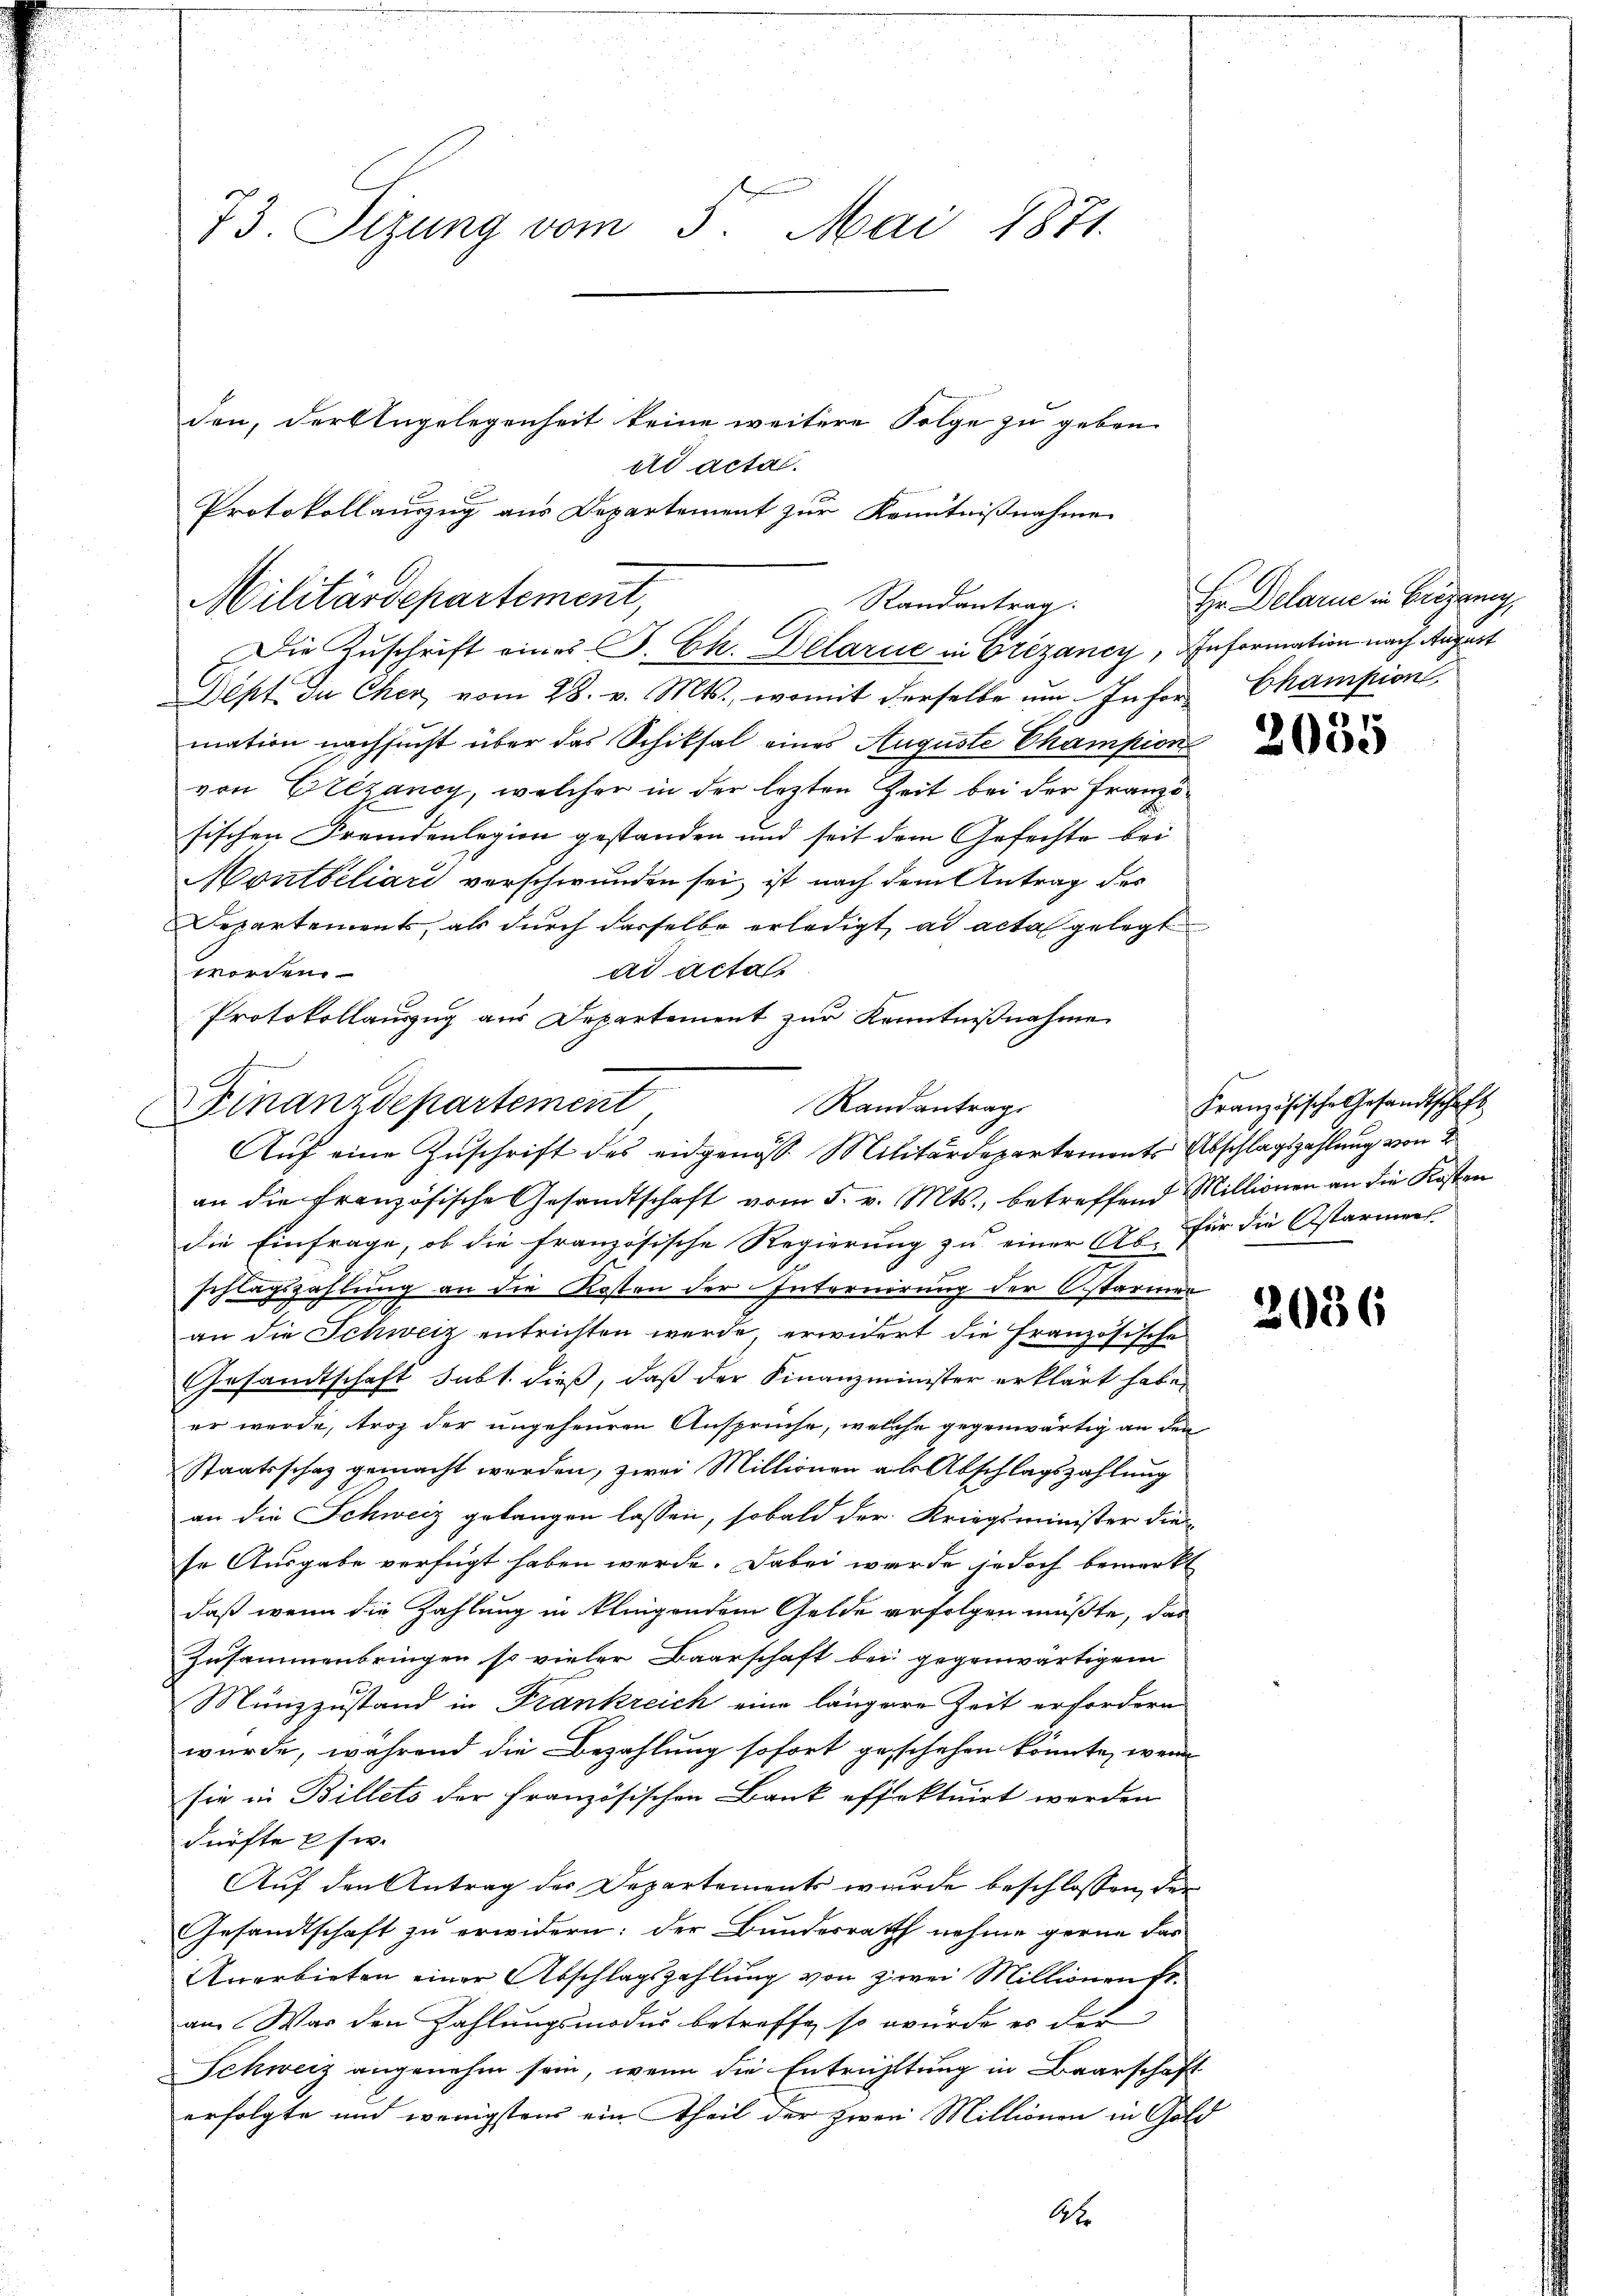
73. Sizung vom 5. Mai 1871.
den, der Angelegenheit keine weitere Folge zu geben.
ad acta.

Militärdepartement,
Randantrag
Die Zuschrift eines S. Ch. Delarie in Brezancy, Information nach Augart

Dept. In Cher, vom 28. v. Mts., womit derselbe um Information nachsucht über das Schiksal eines Auguste Champion
von Erezancy, welcher in der lezten Zeit bei der Französischen Fremdenlegion gestanden und seit dem Gefechte bei
Montbeliari verschwunden sei, ist nach dem Antrag der
Departements, als durch dasselbe erledigt ad acta gelegt
ad actas
worden.
Protokollauszug aus Departement zur Kenntnißnahme

Protokollauszug aus Departement zur Kenntnißnahme

Randantrag
Finanzdepartement
Auf eine Zuschrift des eidgenöss. Militärdepartement Abschlagszahlung von 2

an die Französische Gesandtschaft vom 5. v. Mts., betreffend Millionen an die Kosten
die Einfrage, ob die französische Regierung zu einer As. für die Astarmens-
schlagszahlung an die Kosten der Internirung der starius
an die Schweiz entrichten werde, erwidert die Französische
Gesandtschaft subt. dieß, daß der Finanzminister erklärt habe,
er wurde, trotz der ungeheuren Ansprüche, welche gegenwärtig an den
Staatsschaz gemacht werden, zwei Millionen als Abschlagszahlung
an die Schweiz gelangen lassen, sobald der Kriegsminister die
se Ausgabe verfügt haben werde. Dabei wurde jedoch bemerkt
daß wenn die Zahlung in klingendem Gelde erfolgen müßte, das
Zusammenbringen so vieler Baarschaft bei gegenwärtigem
Münzzustand in Frankreich eine längere Zeit erfordern
wurde, während die Bezahlung sofort geschehen könnte, wenn
sie in Billets der französischen Bank effektuirt werden
dürfte Erwe
Auf den Antrag der Departements wurde beschlossen, der
Gesandtschaft zu erwidern: der Bundesrath nahme gerne das
Anerbieten einer Abschlagszahlung von zwei Millionen se
an War den Zahlungsmodus betreffe, so wurde es der
Schweiz angenehm sein, wenn die Entrichtung in Baarschaft
erfolgte und wenigstens ein Theil der zwei Millionen in Gold
Ahr

Hr. Delarie in Brigang,
Champion

2055

Französische Gesandtschaft

2036